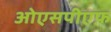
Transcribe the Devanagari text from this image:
ओएसपीएफ़